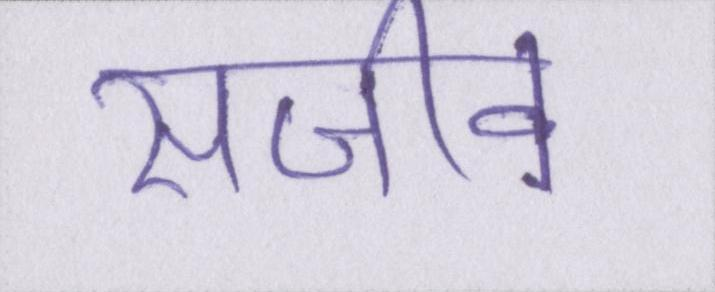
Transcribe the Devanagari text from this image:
सजीव